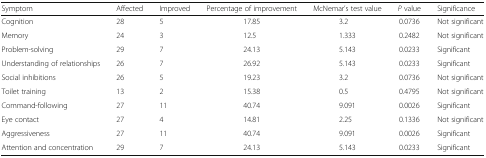
| Symptom | Affected | Improved | Percentage of improvement | McNemar’s test value | P value | Significance |
 | --- | --- | --- | --- | --- | --- | --- |
 | Cognition | 28 | 5 | 17.85 | 3.2 | 0.0736 | Not significant |
 | Memory | 24 | 3 | 12.5 | 1.333 | 0.2482 | Not significant |
 | Problem-solving | 29 | 7 | 24.13 | 5.143 | 0.0233 | Significant |
 | Understanding of relationships | 26 | 7 | 26.92 | 5.143 | 0.0233 | Significant |
 | Social inhibitions | 26 | 5 | 19.23 | 3.2 | 0.0736 | Not significant |
 | Toilet training | 13 | 2 | 15.38 | 0.5 | 0.4795 | Not significant |
 | Command-following | 27 | 11 | 40.74 | 9.091 | 0.0026 | Significant |
 | Eye contact | 27 | 4 | 14.81 | 2.25 | 0.1336 | Not significant |
 | Aggressiveness | 27 | 11 | 40.74 | 9.091 | 0.0026 | Significant |
 | Attention and concentration | 29 | 7 | 24.13 | 5.143 | 0.0233 | Significant |